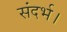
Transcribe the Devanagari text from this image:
संदर्भ।